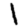
Digit: 1